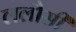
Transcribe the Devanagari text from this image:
ललौसी